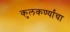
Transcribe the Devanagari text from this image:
कुलकर्ण्यांचा